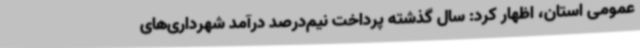
عمومی استان، اظهار کرد: سال گذشته پرداخت نیم‌درصد درآمد شهرداری‌های